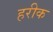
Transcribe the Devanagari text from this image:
हरीक